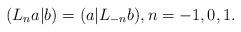
LaTeX: \begin{align*} (L_na|b)=(a|L_{-n}b), n=-1,0, 1.\end{align*}